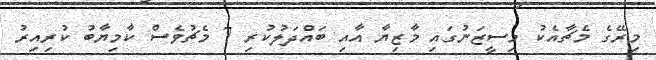
މިރޭގެ މެޗާއެކު މިސީޒަނުގައި މާޒިޔާ އާއި ބައްދަލުކުރި 7 މެޗުވެސް ކާމިޔާބު ކުރިއިރު